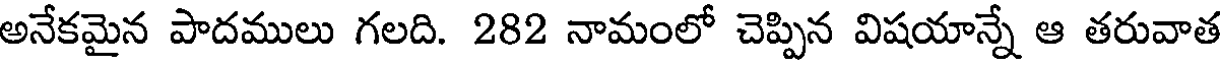
అనేకమైన పాదములు గలది. 282 నామంలో చెప్పిన విషయాన్నే ఆ తరువాత